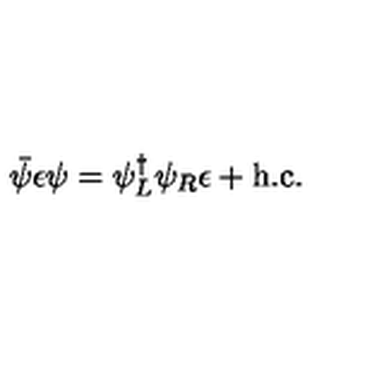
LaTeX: \bar { \psi } \epsilon \psi = \psi _ { L } ^ { \dag } \psi _ { R } \epsilon + \mathrm { h . c . }